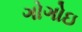
ગોગોઇ